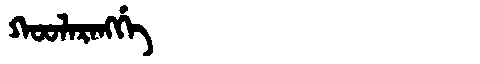
Manchu: ᡴᠣᠣᠯᠠᡵᠠᠩᡤᡝ
Romanization: KOOLARANGGE